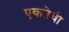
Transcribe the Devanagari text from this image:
एकतेची